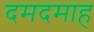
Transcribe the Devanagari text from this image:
दमदमाह